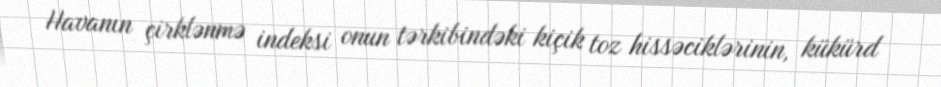
Havanın çirklənmə indeksi onun tərkibindəki kiçik toz hissəciklərinin, kükürd